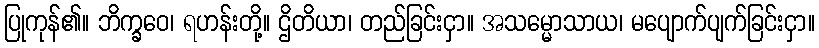
ပြုကုန်၏။ ဘိက္ခဝေ၊ ရဟန်းတို့။ ဌိတိယာ၊ တည်ခြင်းငှာ။ အသမ္မောသာယ၊ မပျောက်ပျက်ခြင်းငှာ။